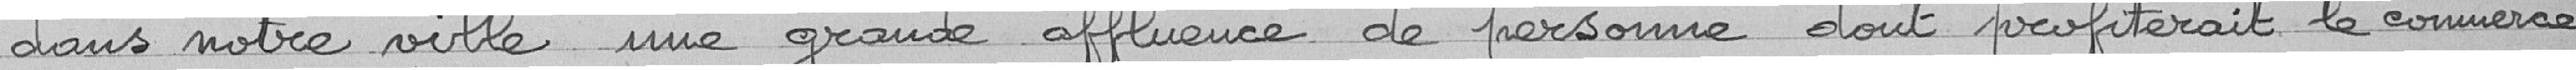
dans notre ville une grande affluence de personne dont profiterait le commerce